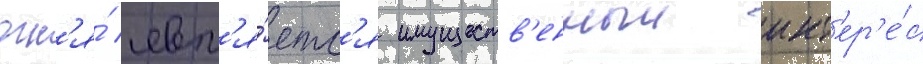
огн'я́ явл'я́етс'я имуществ'енныи инт'ер'е́с